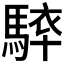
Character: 𩣰